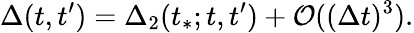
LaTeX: \Delta(t,t^{\prime})=\Delta_{2}(t_{*};t,t^{\prime})+\mathcal O((\Delta t)^{3}).